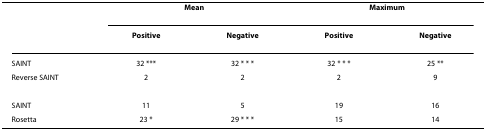
|  | <COLSPAN=2> Mean | <COLSPAN=2> Maximum |
 |  | Positive | Negative | Positive | Negative |
 | --- | --- | --- | --- | --- |
 | SAINT | 32 *** | 32 * * * | 32 * * * | 25 ** |
 | Reverse SAINT | 2 | 2 | 2 | 9 |
 | SAINT | 11 | 5 | 19 | 16 |
 | Rosetta | 23 * | 29 * * * | 15 | 14 |